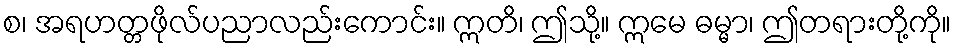
စ၊ အရဟတ္တဖိုလ်ပညာလည်းကောင်း။ ဣတိ၊ ဤသို့။ ဣမေ ဓမ္မာ၊ ဤတရားတို့ကို။